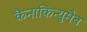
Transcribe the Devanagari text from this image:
कैनाकिन्युमैब